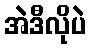
အဲဒီလိုပဲ